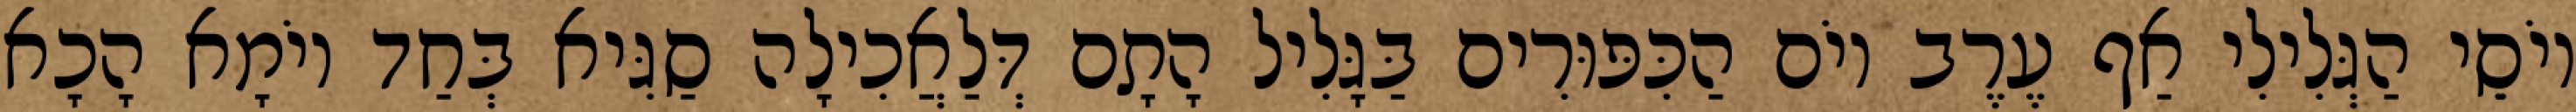
יוֹסֵי הַגְּלִילִי אַף עֶרֶב יוֹם הַכִּפּוּרִים בַּגָּלִיל הָתָם דְּלַאֲכִילָה סַגִּיא בְּחַד יוֹמָא הָכָא